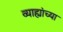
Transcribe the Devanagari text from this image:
व्याह्यांच्या